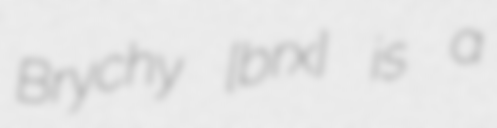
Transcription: Brychy [ˈbrɨxɨ] is a